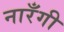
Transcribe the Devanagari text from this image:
नारँगी